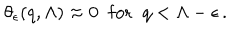
\theta _ { \epsilon } ( q , \Lambda ) \approx 0 \; \; \mathrm { f o r } \; \; q < \Lambda - \epsilon \, .